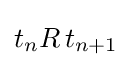
t_{n}R\,t_{n+1}